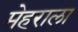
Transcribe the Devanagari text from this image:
मेहराला